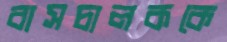
বাসচালককে